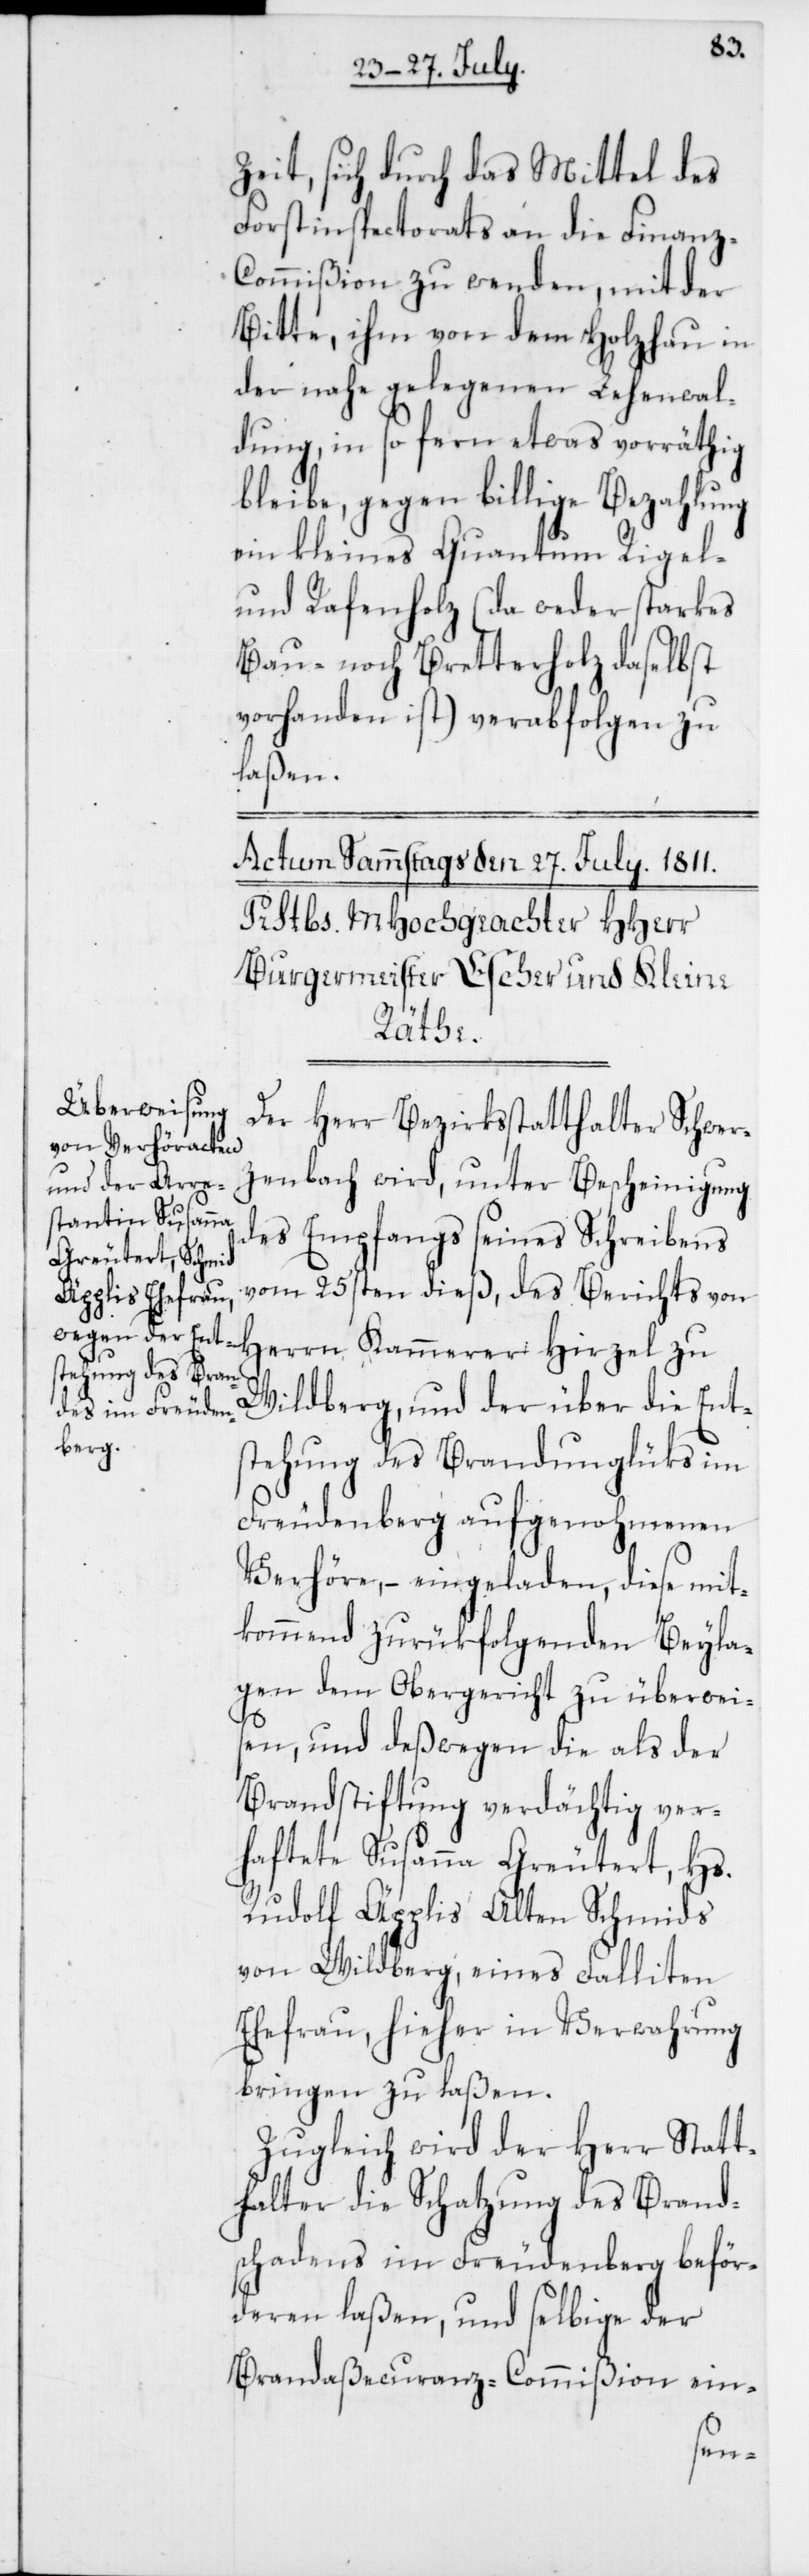
Zeit, sich durch das Mittel des
Forstinspectorats an die Finan¬
z-Commißion zu wenden, mit der
Bitte, ihm von dem Holzhau in
der nahe gelegenen Lehenwal¬
dung, in so fern etwas vorräthig
bleibe, gegen billige Bezahlung
ein kleines Quantum Rigel-
und Rafenholz (da weder starkes
Bau- noch Bretterholz daselbst
vorhanden ist) verabfolgen zu
laßen.
Der Herr Bezirksstatthalter Schwer¬
zenbach wird, unter Bescheinigung
des Empfangs seines Schreibens
vom 25sten dieß, des Berichts von
Wildberg, und der über die Ents¬
tehung des Brandunglüks im
Freudenberg aufgenohmenen
Verhöre, – eingeladen, diese mit¬
kommend zurükfolgenden Beyla¬
gen dem Obergericht zu überweis¬
en, und deßwegen die als der
Brandstiftung verdächtig ver¬
haftete Susanna Greutert, Hs.
Rudolf Äpplis, Alten Schmids
von Wildberg, eines Falliten
Ehefrau, hieher in Verwahrung
bringen zu laßen.
Zugleich wird der Herr Statt¬
halter die Schatzung des Brand¬
schadens im Freudenberg beför¬
deren laßen, und selbige der
Brandaßecuranz-Commißion ein-